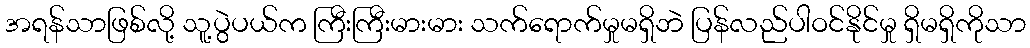
အရန်သာဖြစ်လို့ သူ့ပွဲပယ်က ကြီးကြီးမားမား သက်ရောက်မှုမရှိဘဲ ပြန်လည်ပါဝင်နိုင်မှု ရှိမရှိကိုသာ